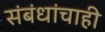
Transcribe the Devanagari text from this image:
संबंधांचाही